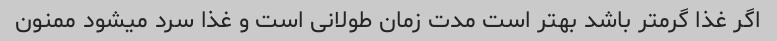
اگر غذا گرمتر باشد بهتر است مدت زمان طولانی است و غذا سرد میشود ممنون